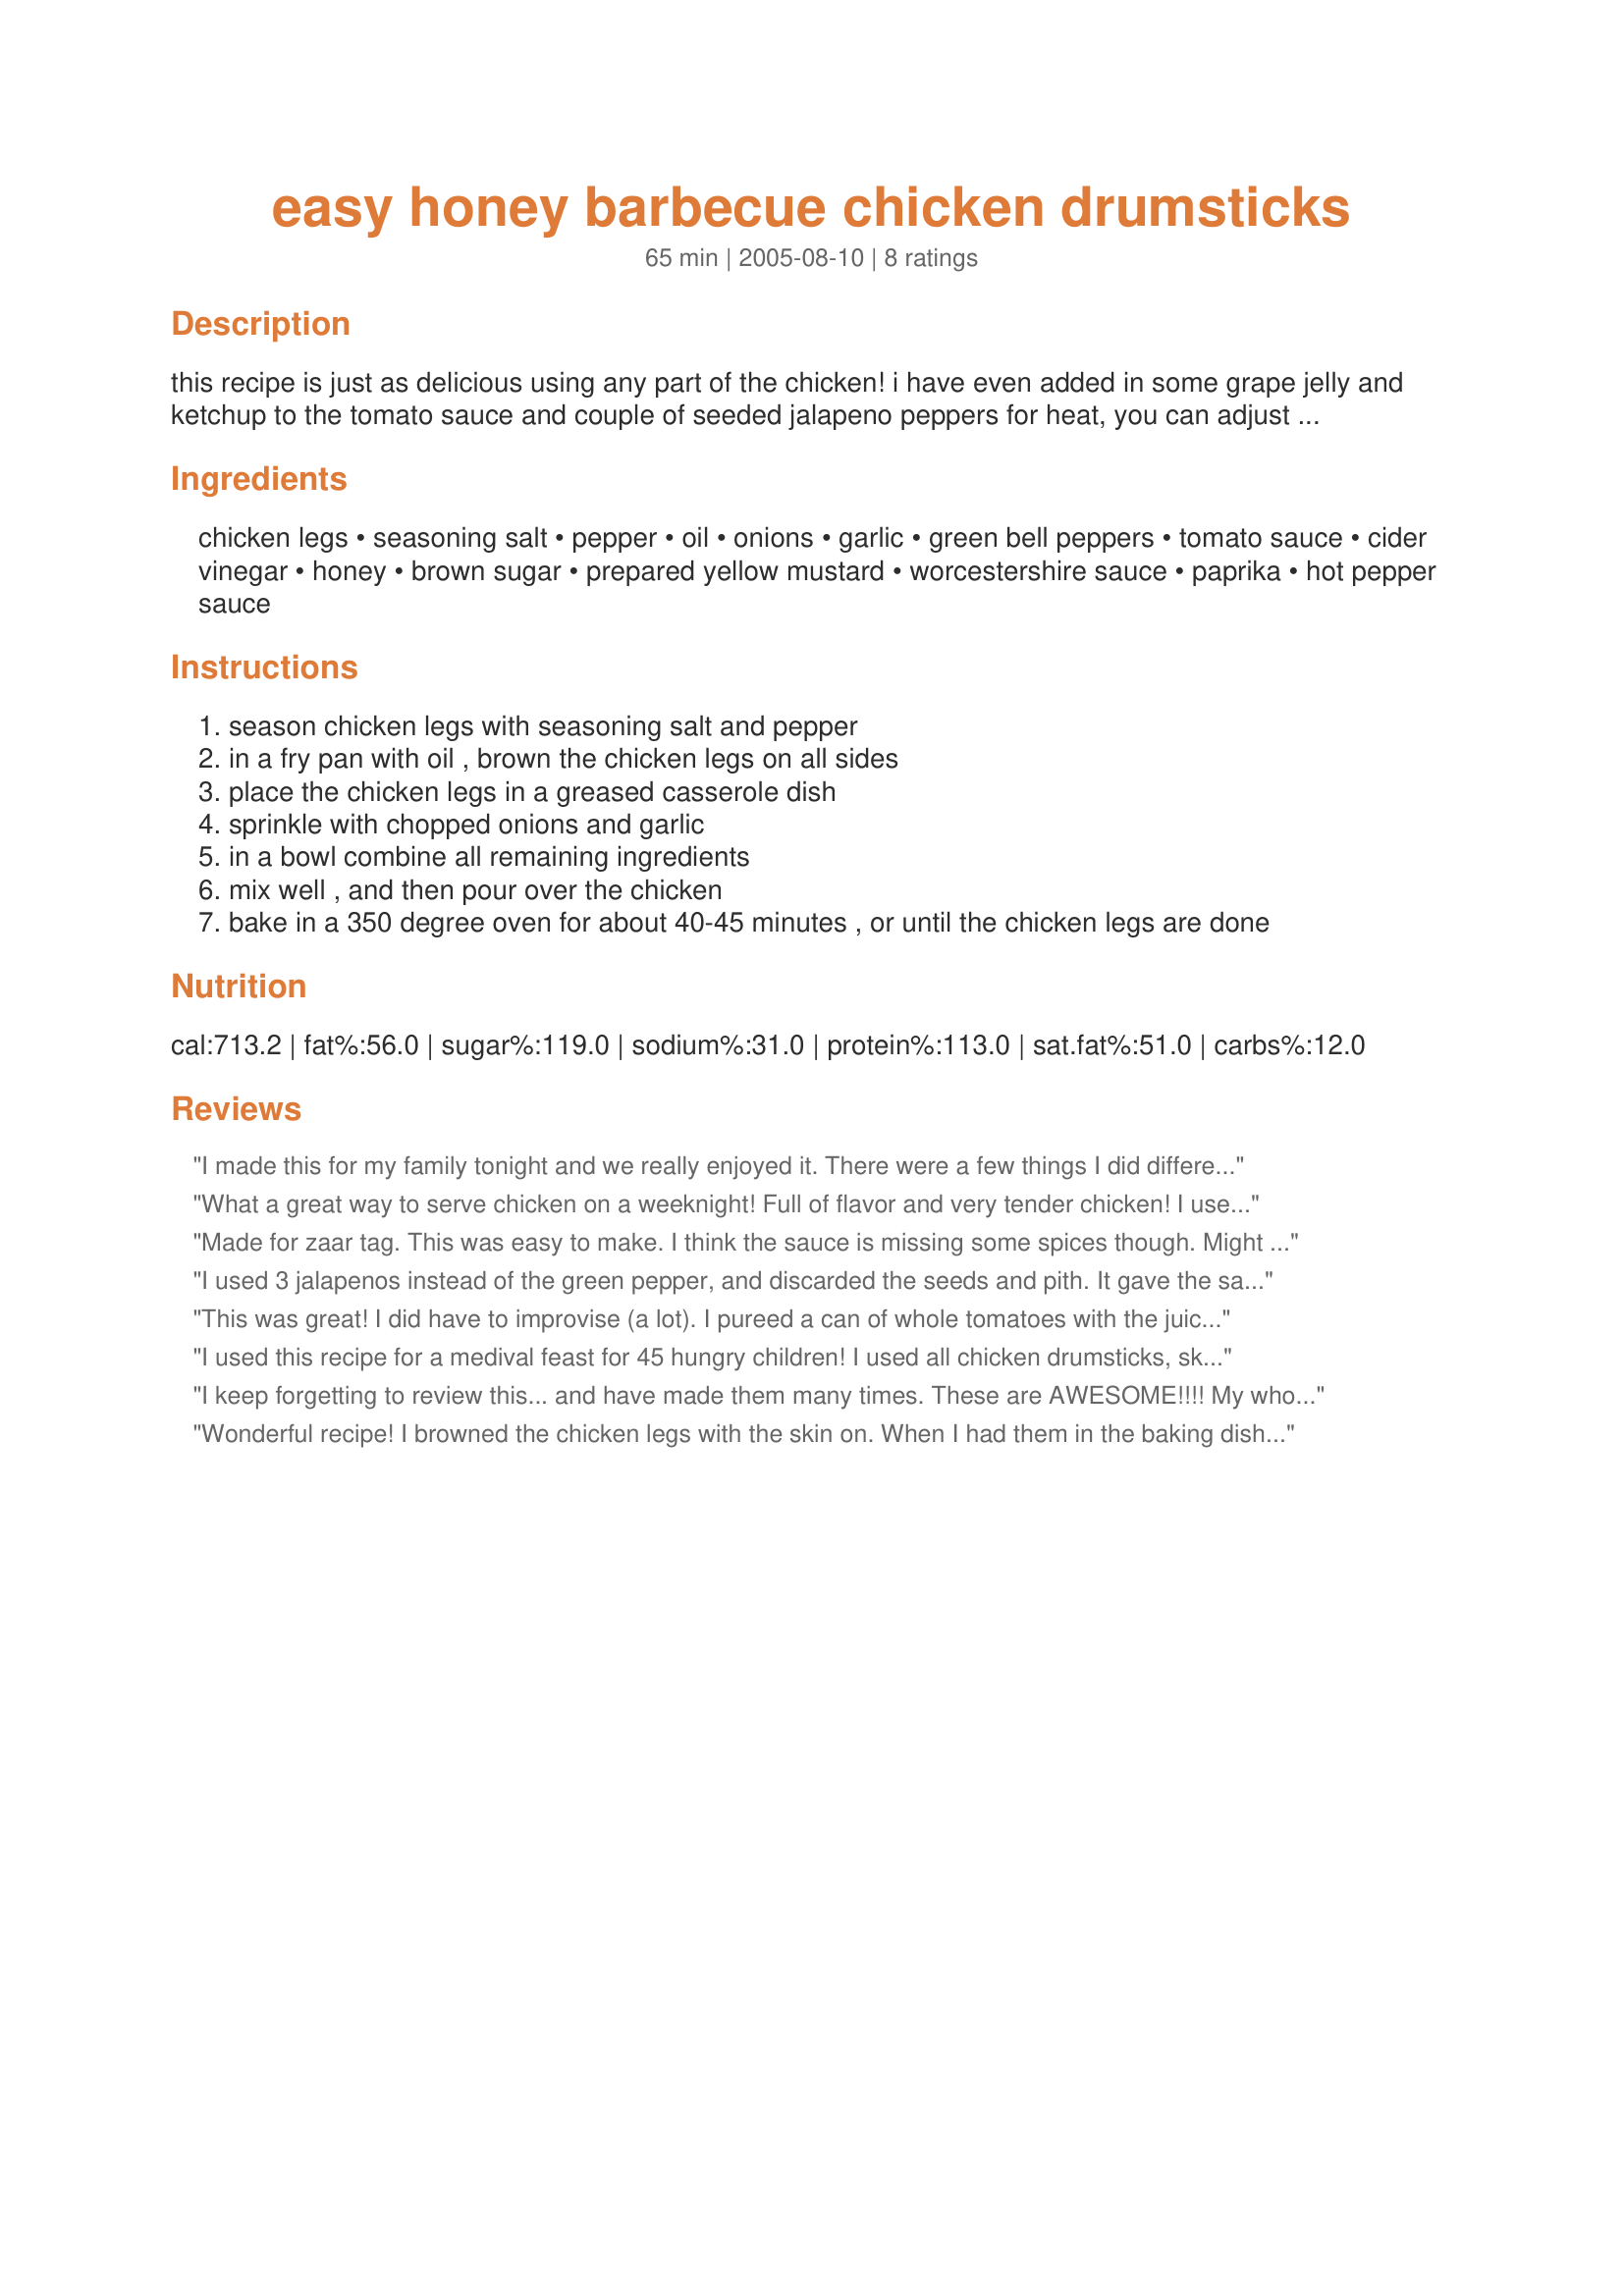
easy honey barbecue chicken drumsticks
Preparation time: 65 minutes

this recipe is just as delicious using any part of the chicken! i have even added in some grape jelly and ketchup to the tomato sauce and couple of seeded jalapeno peppers for heat, you can adjust the sauce to the sweetness that you desire.

Ingredients:
chicken legs, seasoning salt, pepper, oil, onions, garlic, green bell peppers, tomato sauce, cider vinegar, honey, brown sugar, prepared yellow mustard, worcestershire sauce, paprika, hot pepper sauce

Steps:
season chicken legs with seasoning salt and pepper
in a fry pan with oil , brown the chicken legs on all sides
place the chicken legs in a greased casserole dish
sprinkle with chopped onions and garlic
in a bowl combine all remaining ingredients
mix well , and then pour over the chicken
bake in a 350 degree oven for about 40-45 minutes , or until the chicken legs are done

Reviews:
I made this for my family tonight and we really enjoyed it. There were a few things I did different and it still turned out great. I used chicken parts instead of pieces and also used a bar-b- q rub for my chicken which I found as another recipe. I also added a little ginger and lemon juice to the sauce and and took another reviewer's advice and added some teriyaki sauce and some teriyaki glaze/marinade. Did not have any green peppers but that did not matter. I also did not brown my chicken first, I just put in the oven for half hour then added the sauce and returned it back to the oven to finish cooking. At the end I mixed a little cornstarch with water and added it in to thicken the sauce. I used five pounds of chicken and my family devoured it. Will definitely use again. Maybe next time I'll try using smokey paprika to see what that'll be like. Thanks for this wonderful recipe. It's a winner
What a great way to serve chicken on a weeknight! Full of flavor and very tender chicken! I used all chicken legs, skin on. I will make this again! Thank you, Kittencal : )
Made for zaar tag. This was easy to make. I think the sauce is missing some spices though. Might try this again with just using a bottle of barbecue sauce. Thanks kittencal!
I used 3 jalapenos instead of the green pepper, and discarded the seeds and pith. It gave the sauce a little zing in with the sweetness, and we liked the contrast very much! I used a whole chicken cut up instead of the legs, as we all like different parts of the bird. I had to cook it in the oven for 1 hr. for the breast to be done, and it turned out tasty and tender! I see myself experimenting with this sauce on ribs, chops and pork tenderloin next! Made for Zaar Stars Tag Game 3/09 Linda
This was great! I did have to improvise (a lot). I pureed a can of whole tomatoes with the juice and substituted that for the tomato sauce. I had to use 1/2 worcestershire and 1/2 teriyaki sauce. I used half of the brown sugar. I baked 5 legs in two separate casseroles and to half the sauce I added 2 tablespoons of onion and pepper relish that I had gotten in a gift basket, along with some chopped jalapenos. I also substituted onion powder for the onions and left out the green bell peppers. I did have to reduce per the additional instructions because the sauce was very thin, but I think that could be due in part to my tomato sauce substitution. This was a tasty recipe that I will definitely make again! Thanks for the recipe!
I used this recipe for a medival feast for 45 hungry children! I used all chicken drumsticks, skin on, and the children gobbled it up in a heart beat. Thank you for another lovely dish!
I keep forgetting to review this... and have made them many times. These are AWESOME!!!! My whole family loves them and we buy the legs lately just to prepare this way! Thanks!
Wonderful recipe! I browned the chicken legs with the skin on. When I had them in the baking dish I than added some fresh ground black pepper and garlic powder. While baking I basted the chicken with the bbq sauce and that added even more flavor. Didnt add the hot pepper sauce, for our tastes, but would be a nice addition for those who like a little kick to their bbq sauce. Thank you Kittencal, will be making these again!
